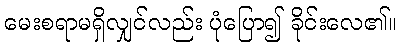
မေးစရာမရှိလျှင်လည်း ပုံပြော၍ ခိုင်းလေ၏။